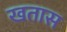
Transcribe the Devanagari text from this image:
खतास